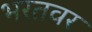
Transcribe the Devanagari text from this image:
भरतवर